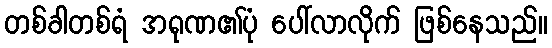
တစ်ခါတစ်ရံ အရုဏ၏ပုံ ပေါ်လာလိုက် ဖြစ်နေသည်။